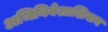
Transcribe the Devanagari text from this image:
अभिनिवेशाशिवाय